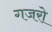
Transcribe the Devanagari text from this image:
गजरो